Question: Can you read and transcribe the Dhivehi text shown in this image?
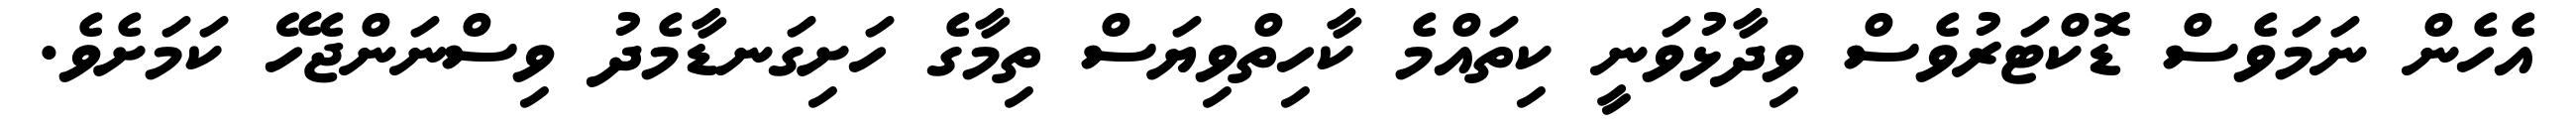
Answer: އެހެން ނަމަވެސް ޑޮކްޓަރުވެސް ވިދާޅުވަނީ ކިތައްމެ ކާހިތްވިޔަސް ތިމާގެ ހަށިގަނޑާމެދު ވިސްނަންޖެހޭ ކަމަށެވެ.